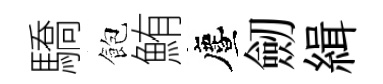
驕飽鮪󵨌劒緝